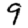
Digit: 9